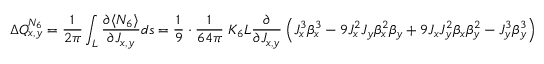
\Delta Q _ { x , y } ^ { N _ { 6 } } = \frac { 1 } { 2 \pi } \int _ { L } \frac { \partial \langle N _ { 6 } \rangle } { \partial J _ { x , y } } d s = \frac { 1 } { 9 } \cdot \frac { 1 } { 6 4 \pi } \; K _ { 6 } L \frac { \partial } { \partial J _ { x , y } } \left( J _ { x } ^ { 3 } \beta _ { x } ^ { 3 } - 9 J _ { x } ^ { 2 } J _ { y } \beta _ { x } ^ { 2 } \beta _ { y } + 9 J _ { x } J _ { y } ^ { 2 } \beta _ { x } \beta _ { y } ^ { 2 } - J _ { y } ^ { 3 } \beta _ { y } ^ { 3 } \right)